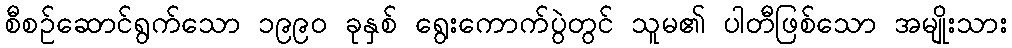
စီစဉ်ဆောင်ရွက်သော ၁၉၉၀ ခုနှစ် ရွေးကောက်ပွဲတွင် သူမ၏ ပါတီဖြစ်သော အမျိုးသား